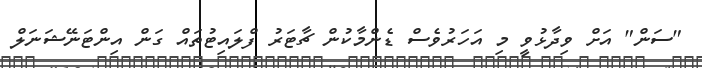
"ސަން" އަށް ވިދާޅުވީ މި އަހަރުވެސް ޑެންމާކުން ޗާޓަރު ފްލައިޓުތައް ގަން އިންޓަނޭޝަނަލް